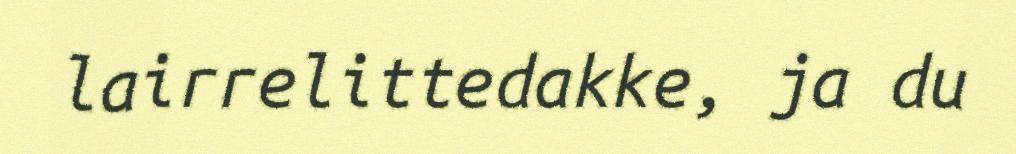
lairrelittedakke, ja du